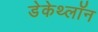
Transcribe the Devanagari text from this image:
डेकेथ्लॉन